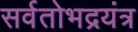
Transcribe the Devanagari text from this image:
सर्वतोभद्रयंत्र